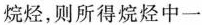
烷烃，则所得烷烃中一